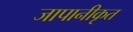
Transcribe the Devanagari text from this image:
जापानीकृत